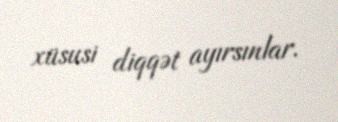
xüsusi diqqət ayırsınlar.